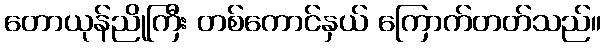
တောယုန်ညိုကြီး တစ်ကောင်နှယ် ကြောက်တတ်သည်။